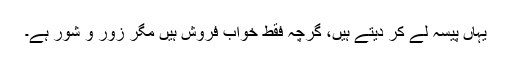
یہاں پیسہ لے کر دیتے ہیں، گرچہ فقط خواب فروش ہیں مگر زور و شور ہے۔